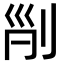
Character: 𠜊